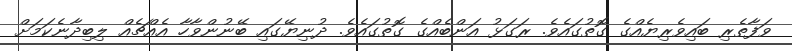
ވަފާތެރި ބައިވެރިޔެއްގެ ގޮތުގައެވެ. ރަގަޅު އަންބެއްގެ ގޮތުގައެވެ. ދުނިޔޭގައި ބޭނުންވާހާ އެއްޗެއް ލިބިދާނެކަމަށް